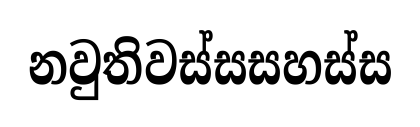
නවුතිවස්සසහස්ස